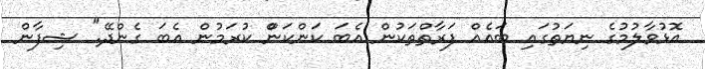
އޮޅުވާލުމުގެ ނިޔަތުގައި ބައެއް ފަރާތްތަކުން އެބަ ކަންކަންް ކުރަމުން އެބަ ގެންދޭ.'' ޝިފާން